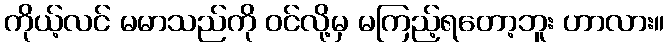
ကိုယ့်လင် မမာသည်ကို ဝင်လို့မှ မကြည့်ရတော့ဘူး ဟာလား။